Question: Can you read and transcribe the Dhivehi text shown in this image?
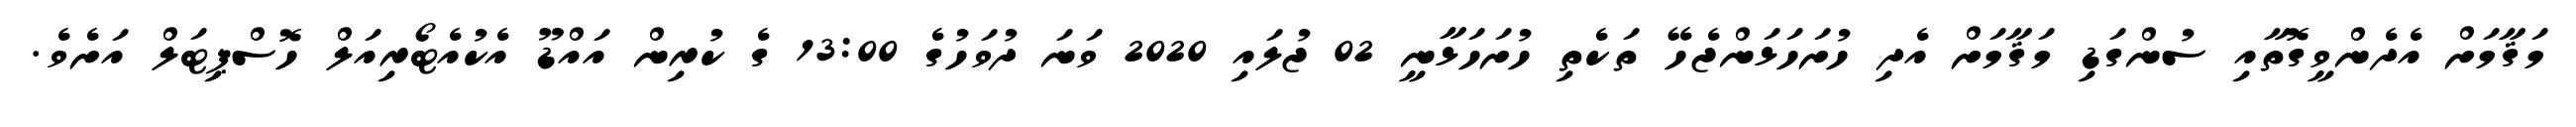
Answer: މަޤާމަށް އެދެންވީގޮތާއި ސުންގަޑި މަޤާމަށް އެދި ހުށަހަޅަންޖެހޭ ތަކެތި ހުށަހަޅާނީ 02 ޖުލައި 2020 ވަނަ ދުވަހުގެ 13:00 ގެ ކުރިން އައްޑޫ އެކުއެޓޯރިއަލް ހޮސްޕިޓަލް އަށެވެ.